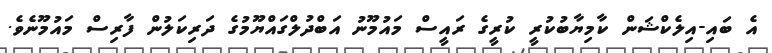
އެ ބައި-އިލެކްޝަން ކާމިޔާބުކުރީ ކުރީގެ ރައީސް މައުމޫނު އަބްދުލްގައްޔޫމުގެ ދަރިކަލުން ފާރިސް މައުމޫނެވެ.